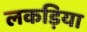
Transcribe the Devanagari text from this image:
लकड़िया